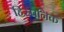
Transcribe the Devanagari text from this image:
हिस्पनिक